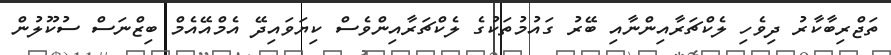
ތަޖްރިބާކާރު ދިވެހި ލެކްޗަރާއިންނާއި ބޭރު ގައުމުތަކުގެ ލެކްޗަރާއިންވެސް ކިޔަވައިދޭ އެމްއޭއެމް ބިޒްނަސް ސުކޫލުން